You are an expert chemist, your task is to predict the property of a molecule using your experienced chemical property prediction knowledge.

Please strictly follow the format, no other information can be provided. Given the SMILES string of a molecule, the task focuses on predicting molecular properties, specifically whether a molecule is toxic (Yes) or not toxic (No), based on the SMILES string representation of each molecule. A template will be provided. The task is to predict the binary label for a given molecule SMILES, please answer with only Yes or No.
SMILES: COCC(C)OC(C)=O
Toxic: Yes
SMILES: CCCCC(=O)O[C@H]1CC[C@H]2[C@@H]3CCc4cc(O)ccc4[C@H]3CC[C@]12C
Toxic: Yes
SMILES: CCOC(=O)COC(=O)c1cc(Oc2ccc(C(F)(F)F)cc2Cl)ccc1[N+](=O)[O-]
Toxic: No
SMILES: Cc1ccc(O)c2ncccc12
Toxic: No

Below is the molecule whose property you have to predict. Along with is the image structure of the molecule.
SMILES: CCCCN(CCN(CCCC)C(=O)N1CCOCC1)C(=O)N1CCOCC1
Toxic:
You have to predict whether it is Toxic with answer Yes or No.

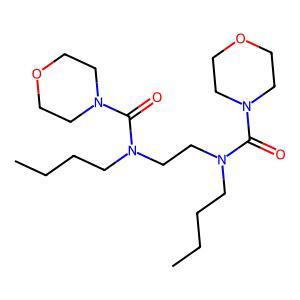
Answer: No